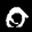
Label: 0